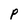
Character: P